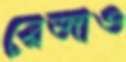
রেজাও